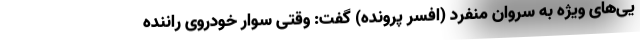
یی‌های ویژه به سروان منفرد (افسر پرونده) گفت: وقتی سوار خودروی راننده